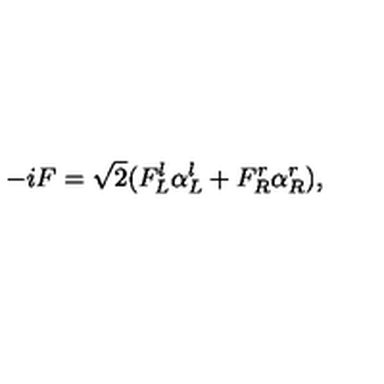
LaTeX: - i F = \sqrt { 2 } ( F _ { L } ^ { l } \alpha _ { L } ^ { l } + F _ { R } ^ { r } \alpha _ { R } ^ { r } ) ,